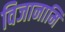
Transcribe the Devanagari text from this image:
विजानामि